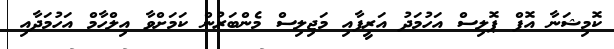
ކޮމިޝަނާ އޮފް ޕޮލިސް އަހުމަދު އަރީފާއި މަޖިލިސް މެންބަރުން ކަމަށްވާ އިލްހާމް އަހުމަދާއި